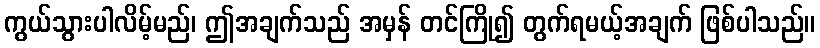
ကွယ်သွားပါလိမ့်မည်၊ ဤအချက်သည် အမှန် တင်ကြို၍ တွက်ရမယ့်အချက် ဖြစ်ပါသည်။